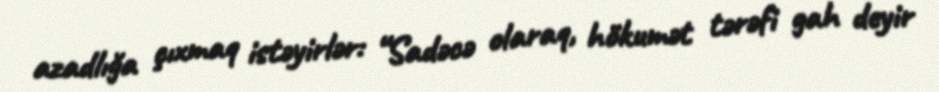
azadlığa çıxmaq istəyirlər: “Sadəcə olaraq, hökumət tərəfi gah deyir